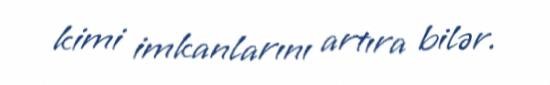
kimi imkanlarını artıra bilər.